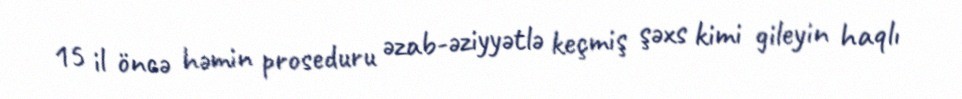
15 il öncə həmin proseduru əzab-əziyyətlə keçmiş şəxs kimi gileyin haqlı